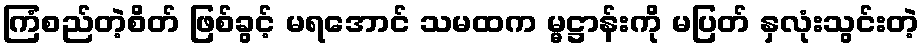
ကြံစည်တဲ့စိတ် ဖြစ်ခွင့် မရအောင် သမထက မ္မဋ္ဌာန်းကို မပြတ် နှလုံးသွင်းတဲ့